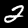
Digit: 2